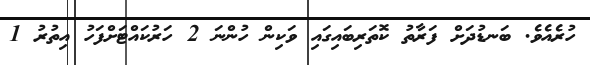
ހުރެއެވެ. ބަނޑުދަށް ފަރާތު ކޮތަރިބައިގައި ވަކިން ހުންނަ 2 ހަރުކައްޓަށްފަހު އިތުރު 1